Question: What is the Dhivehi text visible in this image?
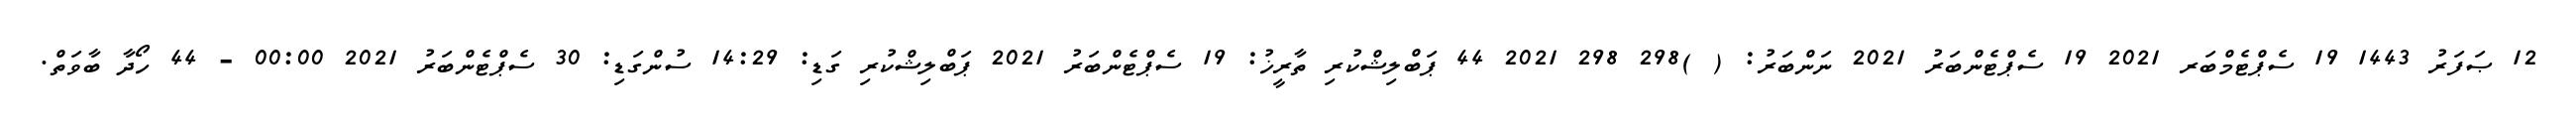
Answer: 12 ޞަފަރު 1443 19 ސެޕްޓެމްބަރ 2021 19 ސެޕްޓެންބަރު 2021 ނަންބަރު: ( )298 298 2021 44 ޕަބްލިޝްކުރި ތާރީޚު: 19 ސެޕްޓެންބަރު 2021 ޕަބްލިޝްކުރި ގަޑި: 14:29 ސުންގަޑި: 30 ސެޕްޓެންބަރު 2021 00:00 - 44 ހޯދާ ބާވަތް.